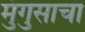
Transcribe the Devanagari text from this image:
मुंगुसाचा